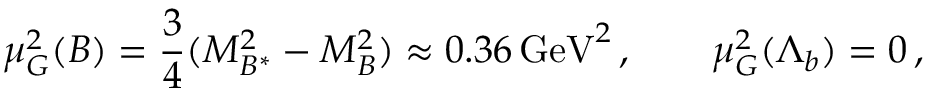
\mu _ { G } ^ { 2 } ( B ) = \frac 3 4 ( M _ { B ^ { * } } ^ { 2 } - M _ { B } ^ { 2 } ) \approx 0 . 3 6 \, \mathrm { G e V } ^ { 2 } \, , \qquad \mu _ { G } ^ { 2 } ( \Lambda _ { b } ) = 0 \, ,